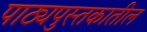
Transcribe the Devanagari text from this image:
पाठ्यपुस्तकातील